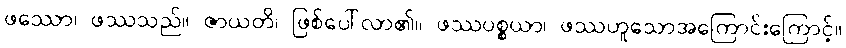
ဖဿော၊ ဖဿသည်။ ဇာယတိ၊ ဖြစ်ပေါ်လာ၏။ ဖဿပစ္စယာ၊ ဖဿဟူသောအကြောင်းကြောင့်။